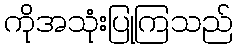
ကိုအသုံးပြုကြသည်